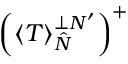
\left( \left\langle T \right\rangle _ { \hat { N } } ^ { \perp N ^ { \prime } } \right) ^ { + }